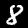
Label: 8